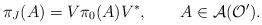
LaTeX: \begin{align*}\pi_J(A)=V\pi_0(A)V^*,\qquad A\in{\cal A}({\cal O}').\end{align*}